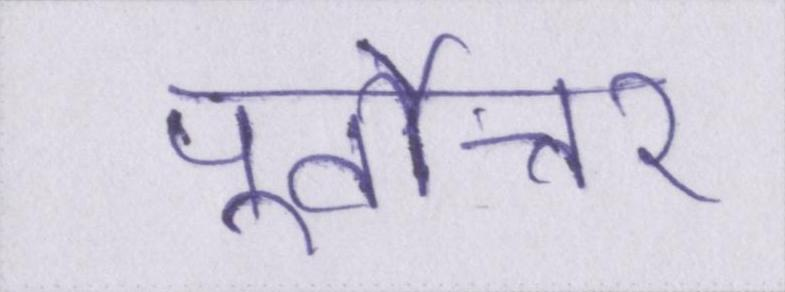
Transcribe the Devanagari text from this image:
पूर्वोत्तर